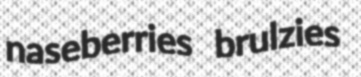
naseberries brulzies